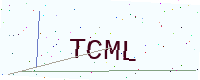
Text: TCML